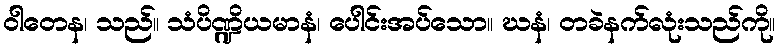
ဝါတေန၊ သည်။ သံပိဏ္ဍိယမာနံ၊ ပေါင်းအပ်သော။ ဃနံ၊ တခဲနက်လုံးသည်ကို။